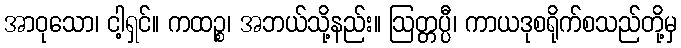
အာဝုသော၊ ငါ့ရှင်။ ကထဉ္စ၊ အဘယ်သို့နည်း။ ဩတ္တပ္ပီ၊ ကာယဒုစရိုက်စသည်တို့မှ